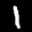
Label: 1